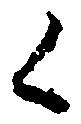
々